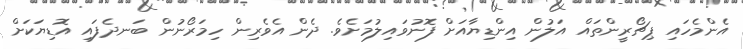
އެންމެހައި ޕިޗޯރީންތައް އަލުން އިންޑިޔާއަށް ފޮނުވައިލުމަށެވެ. ދެން އެވެރިން ހިމަރޯނުން ބަނދެފައި އޮޑިޔަކަށް